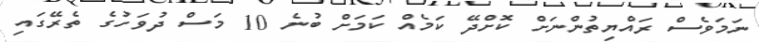
ނަމަވެސް ރައްޔިތުންނަށް ކޮށްދޭ ކަމެއް ކަމަށް ބުނެ 10 މަސް ދުވަހުގެ ތެރޭގައި